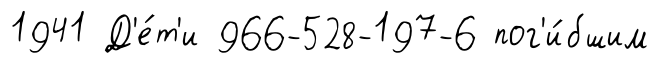
1941 Д'е́т'и 966-528-197-6 пог'и́бшим